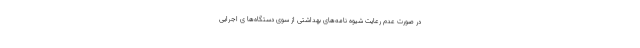
در صورت عدم رعایت شیوه نامه‌های بهداشتی از سوی دستگاه‌ها ی اجرایی